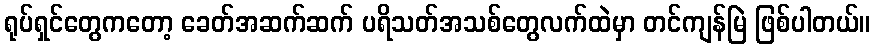
ရုပ်ရှင်တွေကတော့ ခေတ်အဆက်ဆက် ပရိသတ်အသစ်တွေလက်ထဲမှာ တင်ကျန်မြဲ ဖြစ်ပါတယ်။